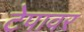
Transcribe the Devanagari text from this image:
टेपावर